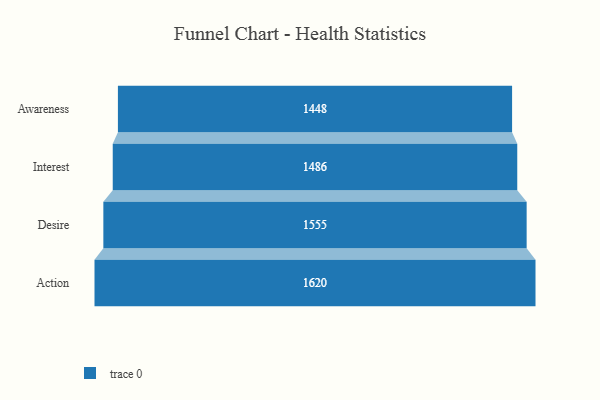
{"axis": {"x": "Stage", "y": "Value"}, "legend": [""], "data": [{"x": "Awareness", "y": 1448.0, "type": ""}, {"x": "Interest", "y": 1486.0, "type": ""}, {"x": "Desire", "y": 1555.0, "type": ""}, {"x": "Action", "y": 1620.0, "type": ""}]}